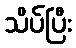
သိပ်ပြီး